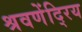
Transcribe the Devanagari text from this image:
श्रवणेंदि्रय